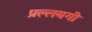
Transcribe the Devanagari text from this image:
प्रल्लयगी